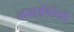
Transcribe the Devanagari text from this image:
लढाईनंतरही